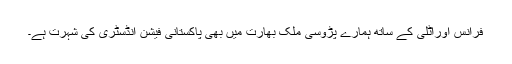
فرانس اوراٹلی کے ساتھ ہمارے پڑوسی ملک بھارت میں بھی پاکستانی فیشن انڈسٹری کی شہرت ہے۔